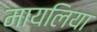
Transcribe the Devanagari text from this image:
मायलिया